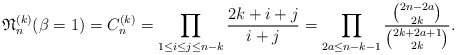
\begin{gather*}\mathfrak{N}_n^{(k)}(\beta=1)= C_n^{(k)}= \prod_{1 \le i \le j \le n-k}{2k+i+j \over i+j} = \prod_{2 a \le n-k-1} {{2n-2a \choose 2k} \over {2k+2a+1\choose 2k}}.\end{gather*}